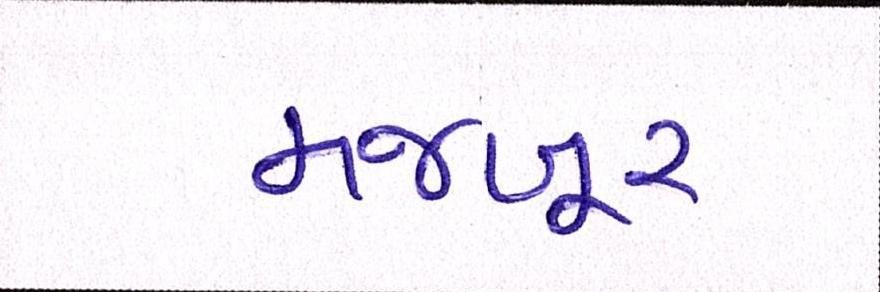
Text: મજબૂર